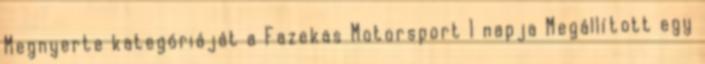
Megnyerte kategóriáját a Fazekas Motorsport 1 napja Megállított egy